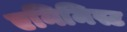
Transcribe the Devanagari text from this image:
एनिमिस्ट